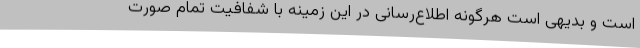
است و بدیهی است هرگونه اطلاع‌رسانی در این زمینه با شفافیت تمام صورت